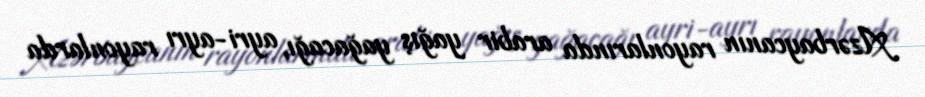
Azərbaycanın rayonlarında arabir yağış yağacağı, ayri-ayrı rayonlarda